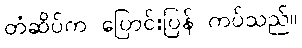
တံဆိပ်က ပြောင်းပြန် ကပ်သည်။